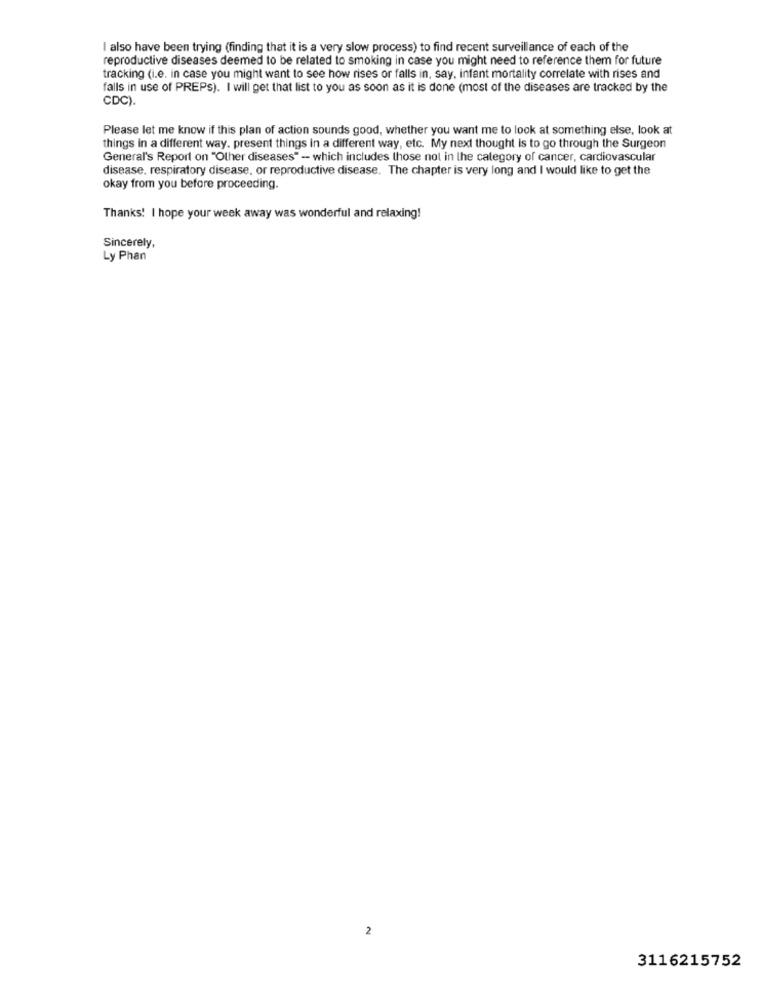
I also have been trying (finding that it is a very slow process) to find recent surveillance of each of the
reproductive diseases deemed to be related to smoking in case you might need to reference them for future
tracking (i.e. in case you might want to see how rises or falls in, say, infant mortality correlate with rises and
falls in use of PREPS). I will get that list to you as soon as it is done (most of the diseases are tracked by the
CDC).
Please let me know if this plan of action sounds good, whether you want me to look at something else, look at
things in a different way. present things in a different way, etc. My next thought is to go through the Surgeon
General's Report on "Other diseases" - which includes those not in the category of cancer, cardiovascular
disease. respiratory disease, or reproductive disease. The chapter is very long and I would like to get the
okay from you before proceeding.
Thanks! I hope your week away was wonderful and relaxing!
Sincerely,
Ly Phan
2
3116215752